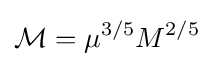
{\mathcal {M}}=\mu ^{3/5}M^{2/5}